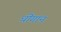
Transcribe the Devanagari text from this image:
धींगान